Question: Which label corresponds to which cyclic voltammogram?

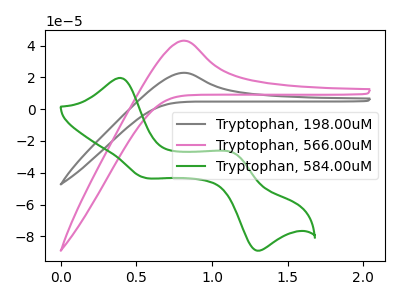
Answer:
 <answer>The gray curve is labeled "Tryptophan, 198.00uM". The pink curve is labeled "Tryptophan, 566.00uM". The green curve is labeled "Tryptophan, 584.00uM".</answer>
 <eval></eval>